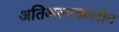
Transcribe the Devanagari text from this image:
अतिअल्पकालीन